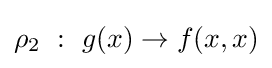
\rho _{2}\ :\ g(x)\rightarrow f(x,x)